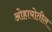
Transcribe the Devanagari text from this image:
ओहायोतील